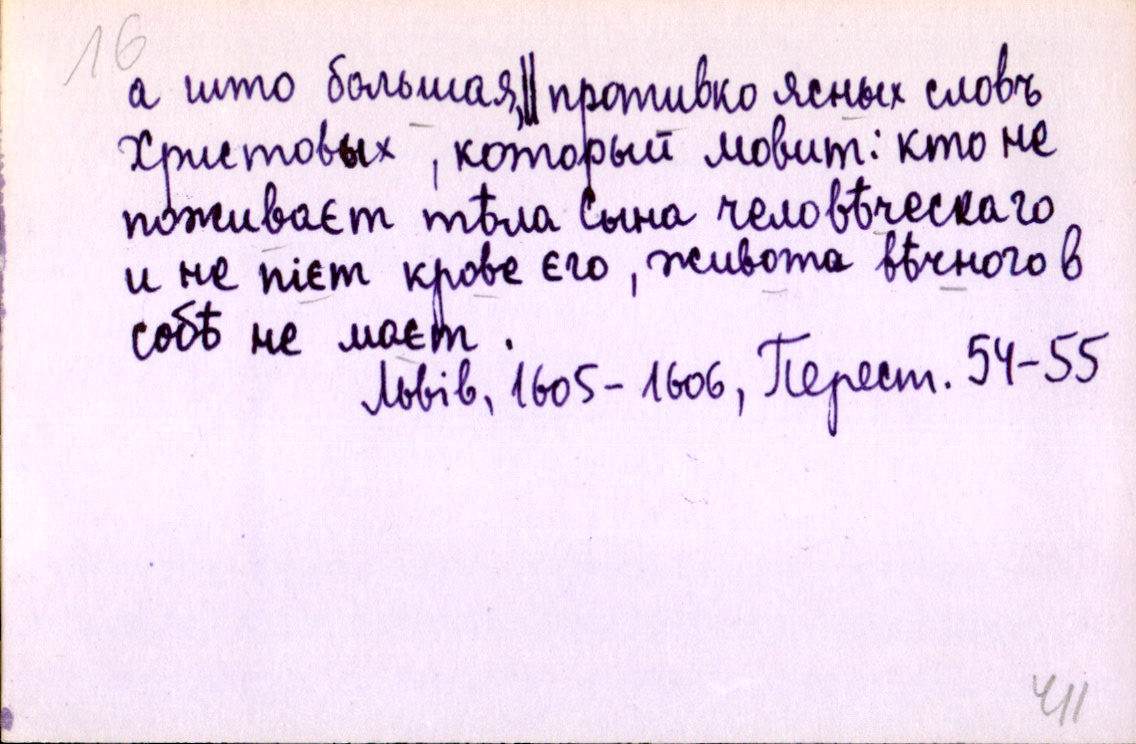
а што большая,║ противко ясных словъ
Христовых, который мовит: кто не
поживаєт тѣла Сына человѣческаго
и не пієт крове єго, живота вѣчного в
собѣ не маєт.
Львів, 1605-1606, Перест. 54-55